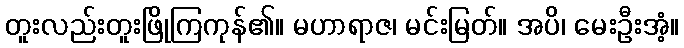
တူးလည်းတူးဖြိုကြကုန်၏။ မဟာရာဇ၊ မင်းမြတ်။ အပိ၊ မေးဦးအံ့။